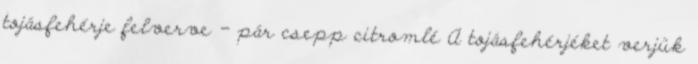
tojásfehérje felverve - pár csepp citromlé A tojásfehérjéket verjük